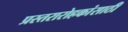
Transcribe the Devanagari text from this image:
प्रस्तरारोहकांसाठी